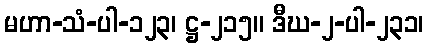
မဟာ-သံ-ပါ-၁၂၃၊ ဋ္ဌ-၂၁၅။ ဒီဃ-၂-ပါ-၂၃၁၊